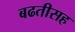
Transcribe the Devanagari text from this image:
बढतीसह